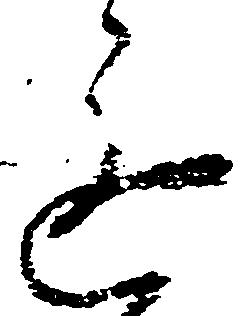
進